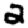
Digit: 2